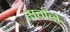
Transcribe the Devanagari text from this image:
रागेने